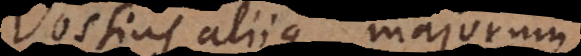
Vossius aliique majorum